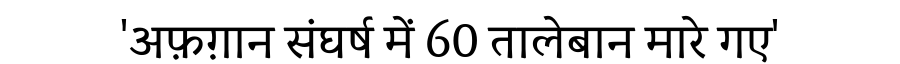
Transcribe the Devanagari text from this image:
'अफ़ग़ान संघर्ष में 60 तालेबान मारे गए'